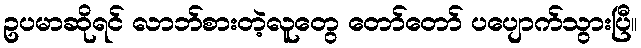
ဥပမာဆိုရင် လာဘ်စားတဲ့လူတွေ တော်တော် ပပျောက်သွားပြီ။